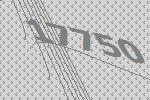
17750